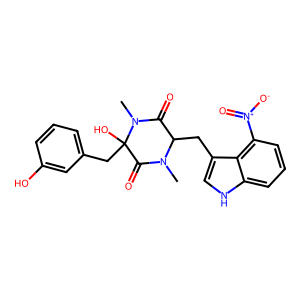
SMILES: CN1C(=O)C(O)(Cc2cccc(O)c2)N(C)C(=O)C1Cc1c[nH]c2cccc([N+](=O)[O-])c12
Inhibits HIV replication: No